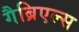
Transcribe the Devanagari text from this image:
गैब्रिएल्स